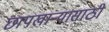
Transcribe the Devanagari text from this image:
छापखान्यासाठी